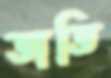
তাতি